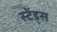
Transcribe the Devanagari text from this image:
स्टेंड्स